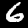
Digit: 6